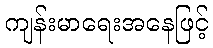
ကျန်းမာရေးအနေဖြင့်